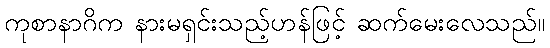
ကုစာနာဂိက နားမရှင်းသည့်ဟန်ဖြင့် ဆက်မေးလေသည်။